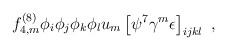
\begin{align*}f^{(8)}_{4,m} \phi_i \phi_j \phi_k \phi_l u_m \left[ \psi^7 \gamma^m \epsilon \right]_{ijkl} \ , \end{align*}